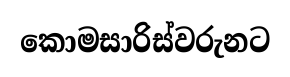
කොමසාරිස්වරුනට